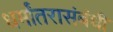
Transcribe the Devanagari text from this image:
धर्मांतरासंबंधी